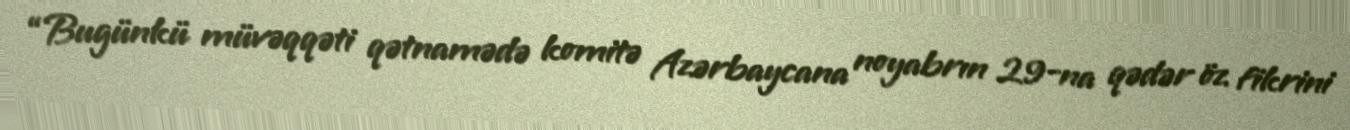
“Bugünkü müvəqqəti qətnamədə komitə Azərbaycana noyabrın 29-na qədər öz fikrini